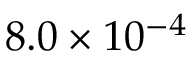
8 . 0 \times 1 0 ^ { - 4 }